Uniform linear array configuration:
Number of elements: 64
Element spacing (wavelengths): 1
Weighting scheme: hann
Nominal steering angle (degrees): -15
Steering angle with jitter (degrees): -14.0
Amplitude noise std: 0.05
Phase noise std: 0.05

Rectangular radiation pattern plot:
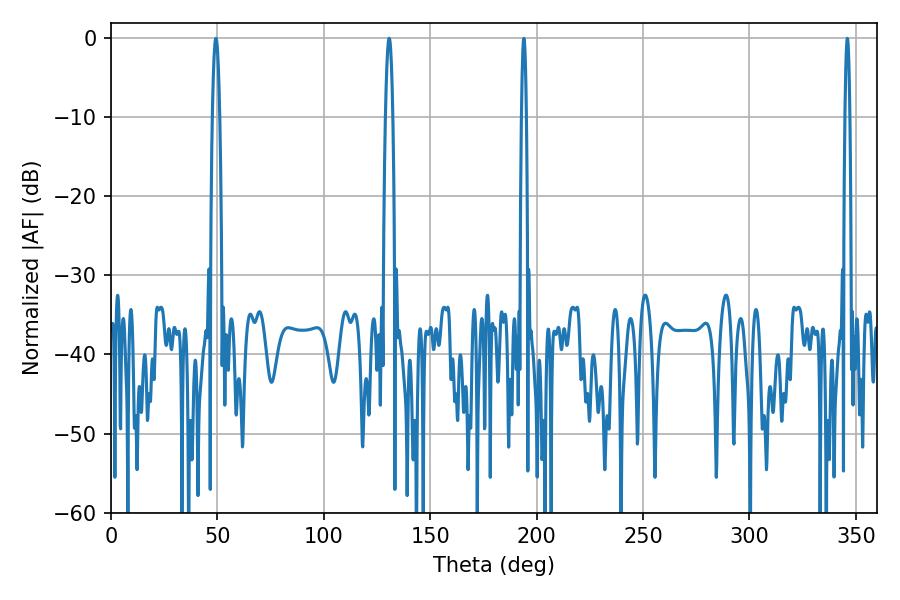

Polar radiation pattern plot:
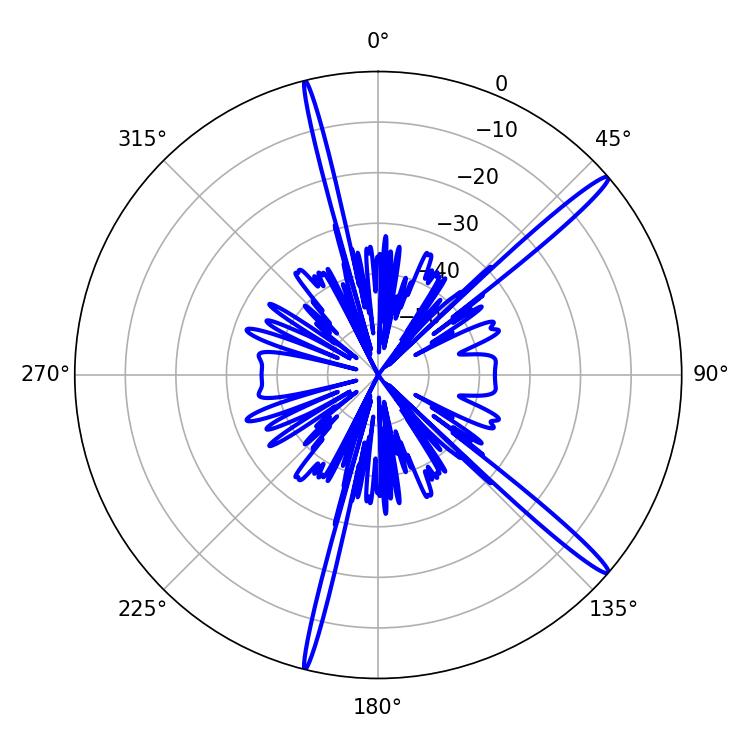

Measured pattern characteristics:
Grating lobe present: TRUE
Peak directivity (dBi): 16.619
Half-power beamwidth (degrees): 1.8
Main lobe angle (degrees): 130.68